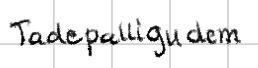
Text: Tadepalligudem
Cross-out: clean
Writing tool: digital_black